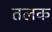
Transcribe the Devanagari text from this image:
तलक